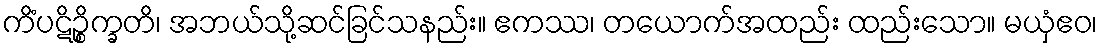
ကိံပဋိဉ္စိက္ခတိ၊ အဘယ်သို့ဆင်ခြင်သနည်း။ ဧကဿ၊ တယောက်အထည်း ထည်းသော။ မယှံဧဝ၊